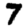
Digit: 7